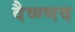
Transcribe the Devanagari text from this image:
वैष्ण्णव